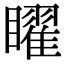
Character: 矅